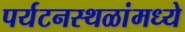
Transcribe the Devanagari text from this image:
पर्यटनस्थळांमध्ये